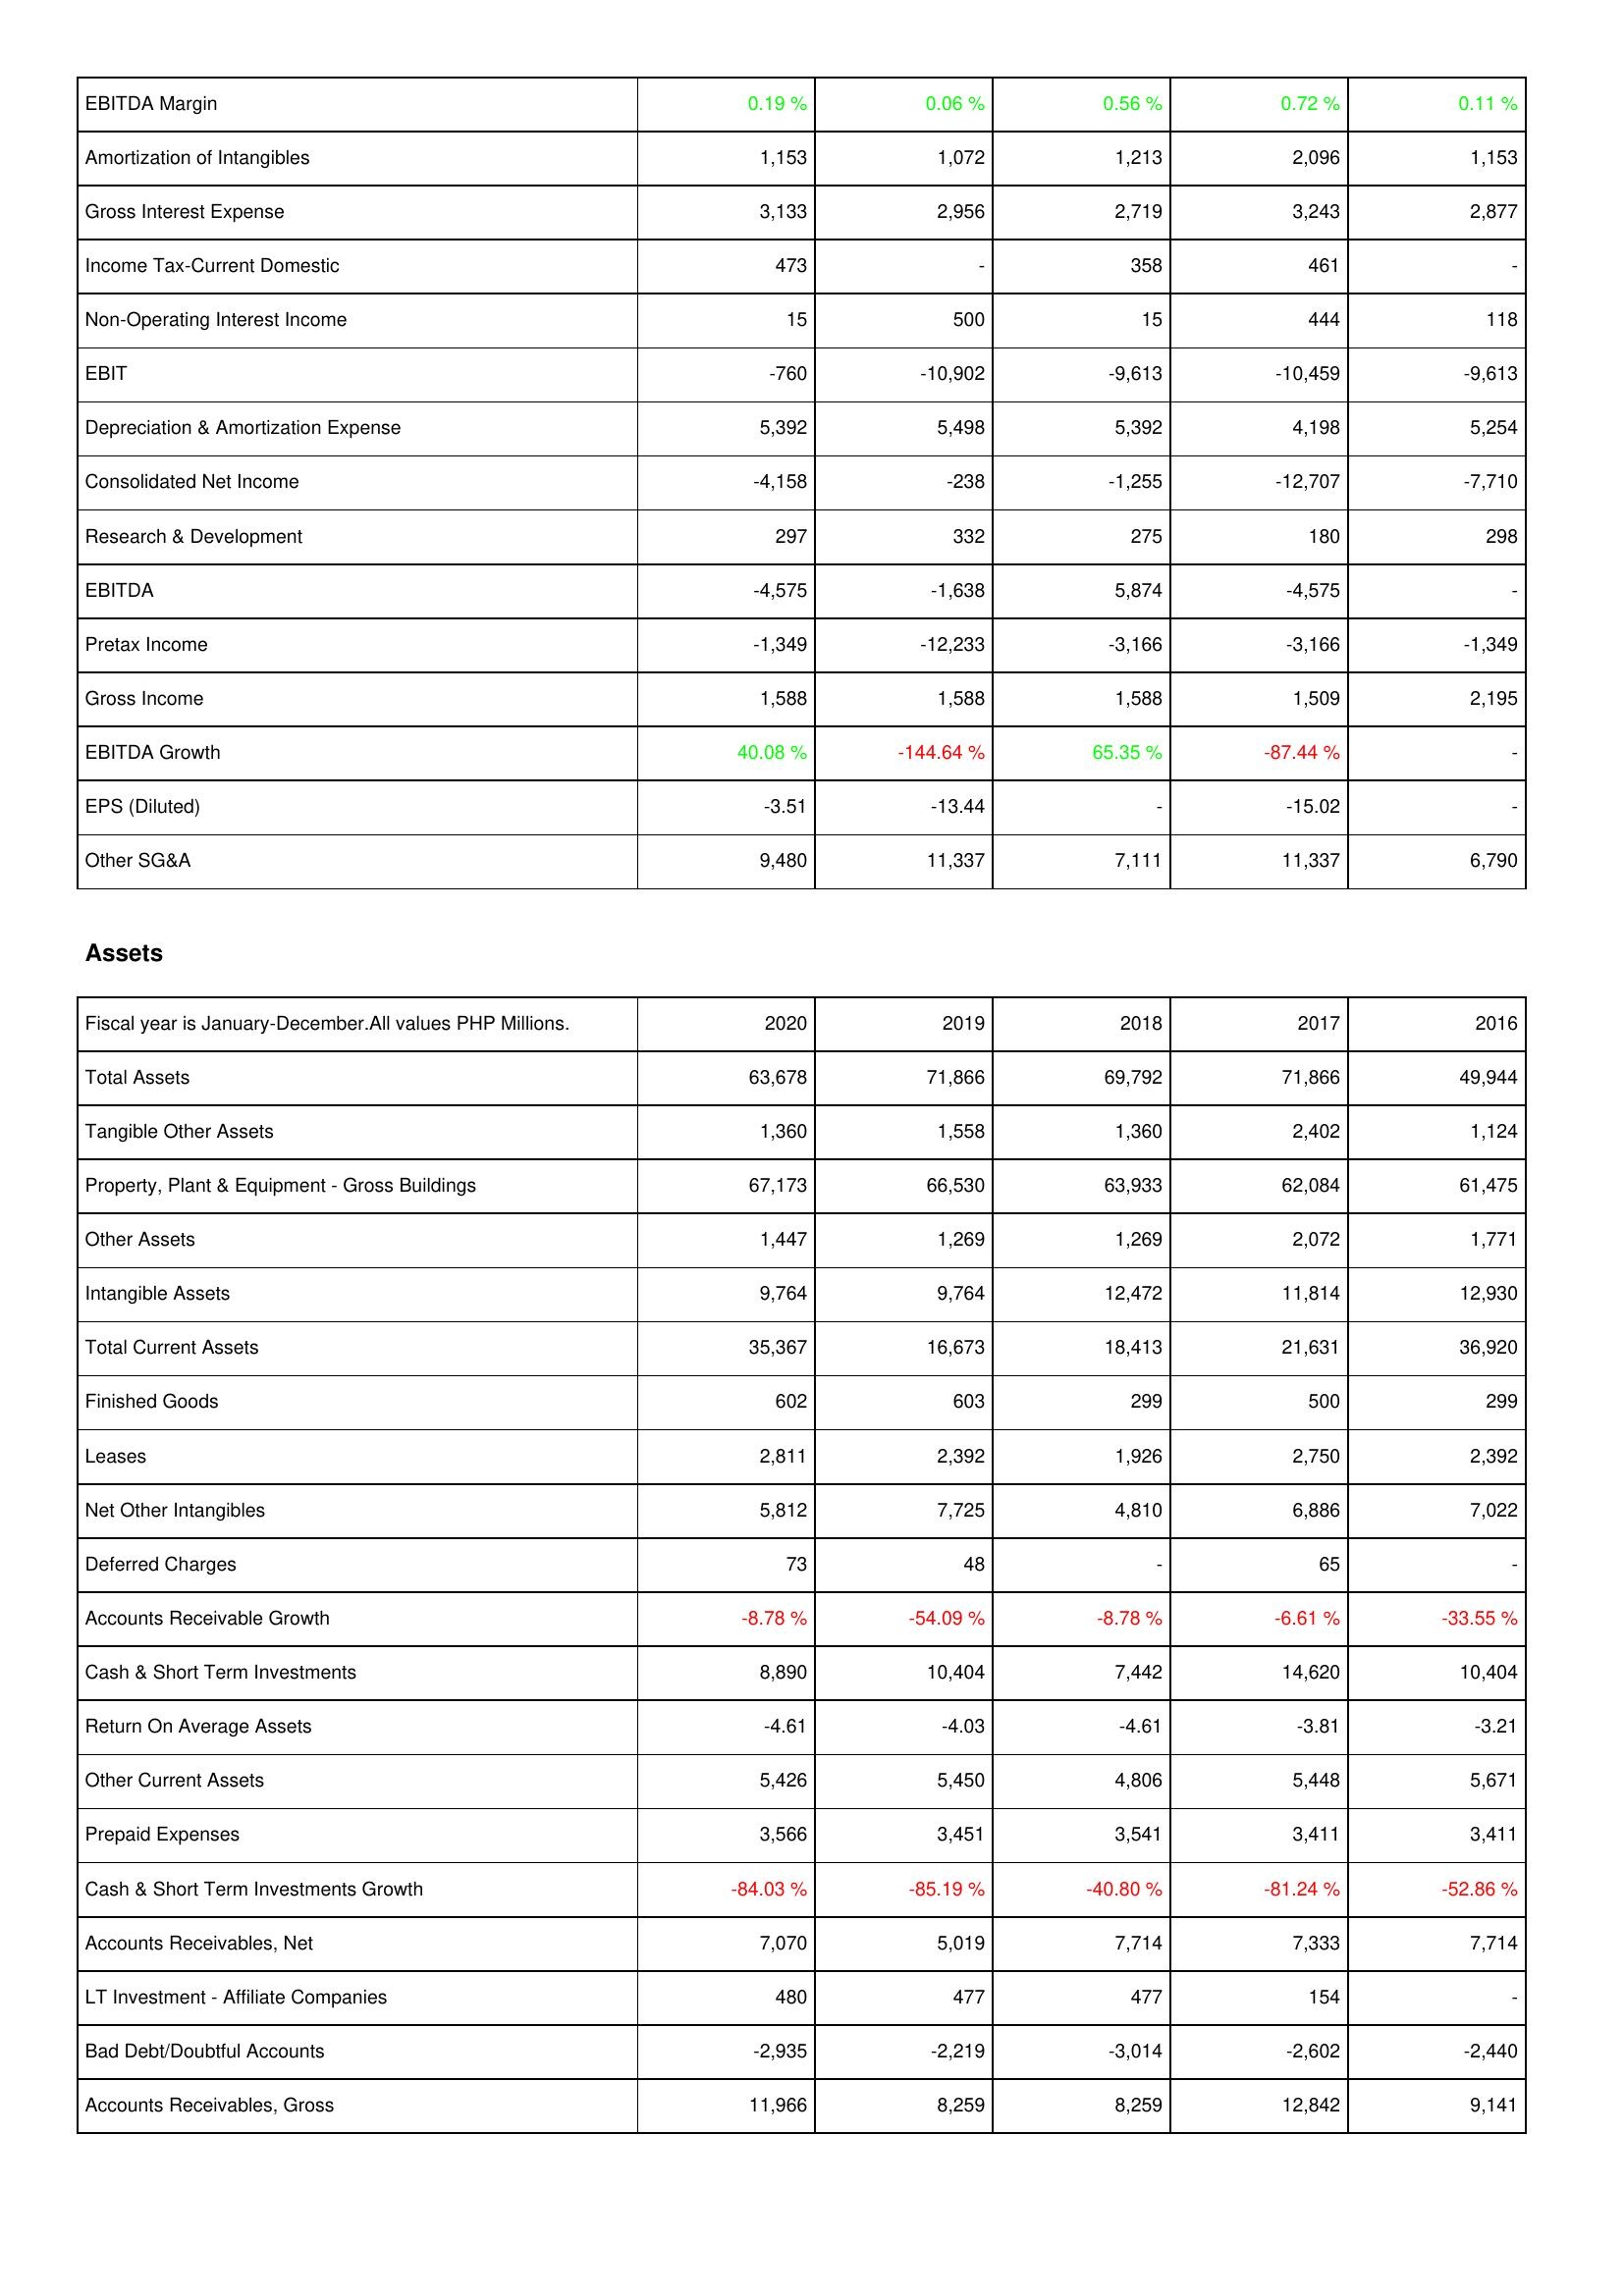
2020: Income Statement: EBITDA Margin: 0.19 %
Amortization of Intangibles: 1,153
Gross Interest Expense: 3,133
Income Tax-Current Domestic: 473
Non-Operating Interest Income: 15
EBIT: -760
Depreciation & Amortization Expense: 5,392
Consolidated Net Income: -4,158
Research & Development: 297
EBITDA: -4,575
Pretax Income: -1,349
Gross Income: 1,588
EBITDA Growth: 40.08 %
EPS (Diluted): -3.51
Other SG&A: 9,480
Assets: Total Assets: 63,678
Tangible Other Assets: 1,360
Property, Plant & Equipment - Gross Buildings: 67,173
Other Assets: 1,447
Intangible Assets: 9,764
Total Current Assets: 35,367
Finished Goods: 602
Leases: 2,811
Net Other Intangibles: 5,812
Deferred Charges: 73
Accounts Receivable Growth: -8.78 %
Cash & Short Term Investments: 8,890
Return On Average Assets: -4.61
Other Current Assets: 5,426
Prepaid Expenses: 3,566
Cash & Short Term Investments Growth: -84.03 %
Accounts Receivables, Net: 7,070
LT Investment - Affiliate Companies: 480
Bad Debt/Doubtful Accounts: -2,935
Accounts Receivables, Gross: 11,966
2019: Income Statement: EBITDA Margin: 0.06 %
Amortization of Intangibles: 1,072
Gross Interest Expense: 2,956
Income Tax-Current Domestic: -
Non-Operating Interest Income: 500
EBIT: -10,902
Depreciation & Amortization Expense: 5,498
Consolidated Net Income: -238
Research & Development: 332
EBITDA: -1,638
Pretax Income: -12,233
Gross Income: 1,588
EBITDA Growth: -144.64 %
EPS (Diluted): -13.44
Other SG&A: 11,337
Assets: Total Assets: 71,866
Tangible Other Assets: 1,558
Property, Plant & Equipment - Gross Buildings: 66,530
Other Assets: 1,269
Intangible Assets: 9,764
Total Current Assets: 16,673
Finished Goods: 603
Leases: 2,392
Net Other Intangibles: 7,725
Deferred Charges: 48
Accounts Receivable Growth: -54.09 %
Cash & Short Term Investments: 10,404
Return On Average Assets: -4.03
Other Current Assets: 5,450
Prepaid Expenses: 3,451
Cash & Short Term Investments Growth: -85.19 %
Accounts Receivables, Net: 5,019
LT Investment - Affiliate Companies: 477
Bad Debt/Doubtful Accounts: -2,219
Accounts Receivables, Gross: 8,259
2018: Income Statement: EBITDA Margin: 0.56 %
Amortization of Intangibles: 1,213
Gross Interest Expense: 2,719
Income Tax-Current Domestic: 358
Non-Operating Interest Income: 15
EBIT: -9,613
Depreciation & Amortization Expense: 5,392
Consolidated Net Income: -1,255
Research & Development: 275
EBITDA: 5,874
Pretax Income: -3,166
Gross Income: 1,588
EBITDA Growth: 65.35 %
EPS (Diluted): -
Other SG&A: 7,111
Assets: Total Assets: 69,792
Tangible Other Assets: 1,360
Property, Plant & Equipment - Gross Buildings: 63,933
Other Assets: 1,269
Intangible Assets: 12,472
Total Current Assets: 18,413
Finished Goods: 299
Leases: 1,926
Net Other Intangibles: 4,810
Deferred Charges: -
Accounts Receivable Growth: -8.78 %
Cash & Short Term Investments: 7,442
Return On Average Assets: -4.61
Other Current Assets: 4,806
Prepaid Expenses: 3,541
Cash & Short Term Investments Growth: -40.80 %
Accounts Receivables, Net: 7,714
LT Investment - Affiliate Companies: 477
Bad Debt/Doubtful Accounts: -3,014
Accounts Receivables, Gross: 8,259
2017: Income Statement: EBITDA Margin: 0.72 %
Amortization of Intangibles: 2,096
Gross Interest Expense: 3,243
Income Tax-Current Domestic: 461
Non-Operating Interest Income: 444
EBIT: -10,459
Depreciation & Amortization Expense: 4,198
Consolidated Net Income: -12,707
Research & Development: 180
EBITDA: -4,575
Pretax Income: -3,166
Gross Income: 1,509
EBITDA Growth: -87.44 %
EPS (Diluted): -15.02
Other SG&A: 11,337
Assets: Total Assets: 71,866
Tangible Other Assets: 2,402
Property, Plant & Equipment - Gross Buildings: 62,084
Other Assets: 2,072
Intangible Assets: 11,814
Total Current Assets: 21,631
Finished Goods: 500
Leases: 2,750
Net Other Intangibles: 6,886
Deferred Charges: 65
Accounts Receivable Growth: -6.61 %
Cash & Short Term Investments: 14,620
Return On Average Assets: -3.81
Other Current Assets: 5,448
Prepaid Expenses: 3,411
Cash & Short Term Investments Growth: -81.24 %
Accounts Receivables, Net: 7,333
LT Investment - Affiliate Companies: 154
Bad Debt/Doubtful Accounts: -2,602
Accounts Receivables, Gross: 12,842
2016: Income Statement: EBITDA Margin: 0.11 %
Amortization of Intangibles: 1,153
Gross Interest Expense: 2,877
Income Tax-Current Domestic: -
Non-Operating Interest Income: 118
EBIT: -9,613
Depreciation & Amortization Expense: 5,254
Consolidated Net Income: -7,710
Research & Development: 298
EBITDA: -
Pretax Income: -1,349
Gross Income: 2,195
EBITDA Growth: -
EPS (Diluted): -
Other SG&A: 6,790
Assets: Total Assets: 49,944
Tangible Other Assets: 1,124
Property, Plant & Equipment - Gross Buildings: 61,475
Other Assets: 1,771
Intangible Assets: 12,930
Total Current Assets: 36,920
Finished Goods: 299
Leases: 2,392
Net Other Intangibles: 7,022
Deferred Charges: -
Accounts Receivable Growth: -33.55 %
Cash & Short Term Investments: 10,404
Return On Average Assets: -3.21
Other Current Assets: 5,671
Prepaid Expenses: 3,411
Cash & Short Term Investments Growth: -52.86 %
Accounts Receivables, Net: 7,714
LT Investment - Affiliate Companies: -
Bad Debt/Doubtful Accounts: -2,440
Accounts Receivables, Gross: 9,141